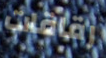
رقاقات